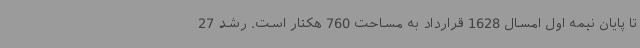
تا پایان نیمه اول امسال 1628 قرارداد به مساحت 760 هکتار است. رشد 27